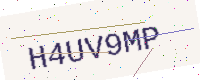
Text: H4UV9MP